Scottish Leaving Certificate Examination, 1957
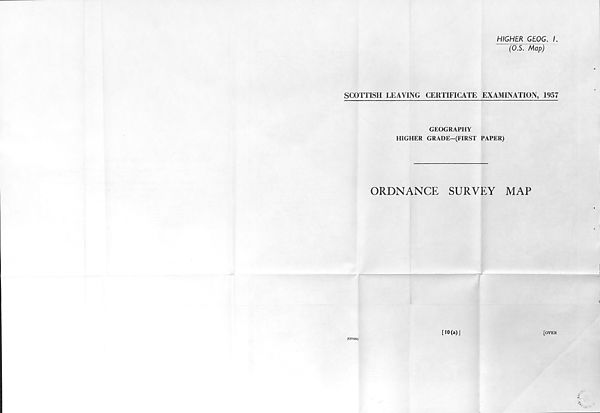
HIGHER GEOG. I.
(OS. Map)
SCOTTISH LEAVING CERTIFICATE EXAMINATION, 1957
GEOGRAPHY
HIGHER GRADE—(FIRST PAPER)
ORDNANCE
SURVEY
MAP
(C57431)
[10(a)]
[OVER